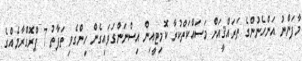
މާފަންނު އަންހެނުންގެ ތަރައްޤީއަށް މަސައްކަތްކުރާ ކޮމިޓީއިން އިސްނަންގަވައިގެން ހިންގެވި ތަފާތު 7 ޕްރޮގްރާމެއްގެ